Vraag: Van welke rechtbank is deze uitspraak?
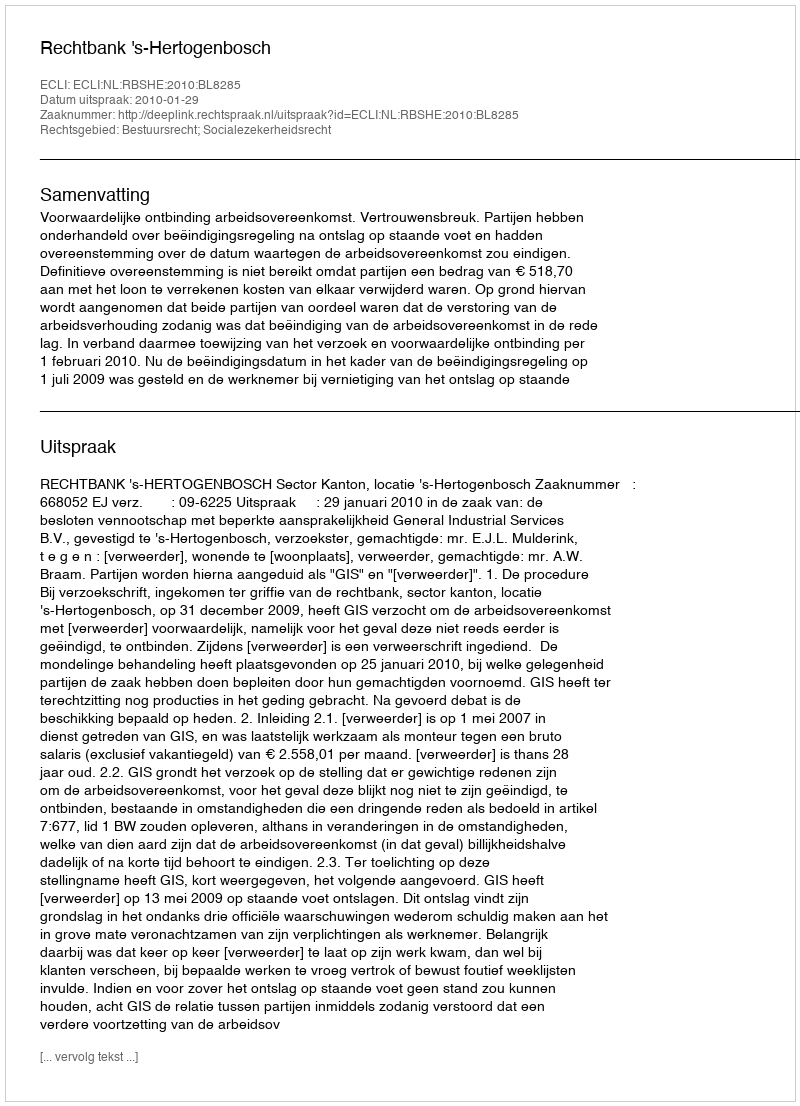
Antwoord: Rechtbank 's-Hertogenbosch